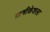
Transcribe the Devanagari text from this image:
ऋषीकेशला